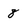
Character: 8